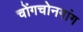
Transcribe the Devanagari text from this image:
चोंगचोनगांग